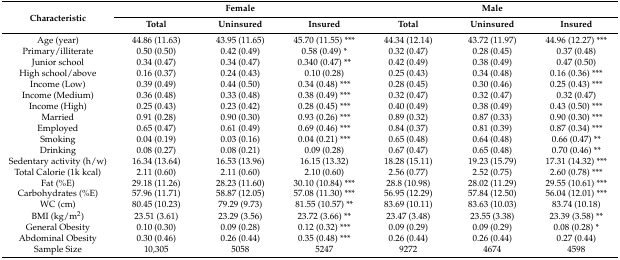
<table><thead><tr><td rowspan="2"><b>Characteristic</b></td><td colspan="3"><b>Female</b></td><td colspan="3"><b>Male</b></td></tr><tr><td><b>Total</b></td><td><b>Uninsured</b></td><td><b>Insured</b></td><td><b>Total</b></td><td><b>Uninsured</b></td><td><b>Insured</b></td></tr></thead><tbody><tr><td>Age (year)</td><td>44.86 (11.63)</td><td>43.95 (11.65)</td><td>45.70 (11.55) ***</td><td>44.34 (12.14)</td><td>43.72 (11.97)</td><td>44.96 (12.27) ***</td></tr><tr><td>Primary/illiterate</td><td>0.50 (0.50)</td><td>0.42 (0.49)</td><td>0.58 (0.49) *</td><td>0.32 (0.47)</td><td>0.28 (0.45)</td><td>0.37 (0.48)</td></tr><tr><td>Junior school</td><td>0.34 (0.47)</td><td>0.34 (0.47)</td><td>0.340 (0.47) **</td><td>0.42 (0.49)</td><td>0.38 (0.49)</td><td>0.47 (0.50)</td></tr><tr><td>High school/above</td><td>0.16 (0.37)</td><td>0.24 (0.43)</td><td>0.10 (0.28)</td><td>0.25 (0.43)</td><td>0.34 (0.48)</td><td>0.16 (0.36) ***</td></tr><tr><td>Income (Low)</td><td>0.39 (0.49)</td><td>0.44 (0.50)</td><td>0.34 (0.48) ***</td><td>0.28 (0.45)</td><td>0.30 (0.46)</td><td>0.25 (0.43) ***</td></tr><tr><td>Income (Medium)</td><td>0.36 (0.48)</td><td>0.33 (0.48)</td><td>0.38 (0.49) ***</td><td>0.32 (0.47)</td><td>0.32 (0.47)</td><td>0.32 (0.47)</td></tr><tr><td>Income (High)</td><td>0.25 (0.43)</td><td>0.23 (0.42)</td><td>0.28 (0.45) ***</td><td>0.40 (0.49)</td><td>0.38 (0.49)</td><td>0.43 (0.50) ***</td></tr><tr><td>Married</td><td>0.91 (0.28)</td><td>0.90 (0.30)</td><td>0.93 (0.26) ***</td><td>0.89 (0.32)</td><td>0.87 (0.33)</td><td>0.90 (0.30) ***</td></tr><tr><td>Employed</td><td>0.65 (0.47)</td><td>0.61 (0.49)</td><td>0.69 (0.46) ***</td><td>0.84 (0.37)</td><td>0.81 (0.39)</td><td>0.87 (0.34) ***</td></tr><tr><td>Smoking</td><td>0.04 (0.19)</td><td>0.03 (0.16)</td><td>0.04 (0.21) ***</td><td>0.65 (0.48)</td><td>0.64 (0.48)</td><td>0.66 (0.47) **</td></tr><tr><td>Drinking</td><td>0.08 (0.27)</td><td>0.08 (0.21)</td><td>0.09 (0.28)</td><td>0.67 (0.47)</td><td>0.65 (0.48)</td><td>0.70 (0.46) **</td></tr><tr><td>Sedentary activity (h/w)</td><td>16.34 (13.64)</td><td>16.53 (13.96)</td><td>16.15 (13.32)</td><td>18.28 (15.11)</td><td>19.23 (15.79)</td><td>17.31 (14.32) ***</td></tr><tr><td>Total Calorie (1k kcal)</td><td>2.11 (0.60)</td><td>2.11 (0.60)</td><td>2.10 (0.60)</td><td>2.56 (0.77)</td><td>2.52 (0.75)</td><td>2.60 (0.78) ***</td></tr><tr><td>Fat (%E)</td><td>29.18 (11.26)</td><td>28.23 (11.60)</td><td>30.10 (10.84) ***</td><td>28.8 (10.98)</td><td>28.02 (11.29)</td><td>29.55 (10.61) ***</td></tr><tr><td>Carbohydrates (%E)</td><td>57.96 (11.71)</td><td>58.87 (12.05)</td><td>57.08 (11.30) ***</td><td>56.95 (12.29)</td><td>57.84 (12.50)</td><td>56.04 (12.01) ***</td></tr><tr><td>WC (cm)</td><td>80.45 (10.23)</td><td>79.29 (9.73)</td><td>81.55 (10.57) **</td><td>83.69 (10.11)</td><td>83.63 (10.03)</td><td>83.74 (10.18)</td></tr><tr><td>BMI (kg/m<sup>2</sup>)</td><td>23.51 (3.61)</td><td>23.29 (3.56)</td><td>23.72 (3.66) **</td><td>23.47 (3.48)</td><td>23.55 (3.38)</td><td>23.39 (3.58) **</td></tr><tr><td>General Obesity</td><td>0.10 (0.30)</td><td>0.09 (0.28)</td><td>0.12 (0.32) ***</td><td>0.09 (0.29)</td><td>0.09 (0.29)</td><td>0.08 (0.28) *</td></tr><tr><td>Abdominal Obesity</td><td>0.30 (0.46)</td><td>0.26 (0.44)</td><td>0.35 (0.48) ***</td><td>0.26 (0.44)</td><td>0.26 (0.44)</td><td>0.27 (0.44)</td></tr><tr><td>Sample Size</td><td>10,305</td><td>5058</td><td>5247</td><td>9272</td><td>4674</td><td>4598</td></tr></tbody></table>